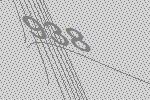
938